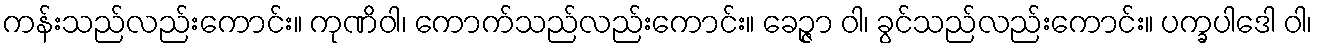
ကန်းသည်လည်းကောင်း။ ကုဏိဝါ၊ ကောက်သည်လည်းကောင်း။ ခေဉ္ဇာ ဝါ၊ ခွင်သည်လည်းကောင်း။ ပက္ခပါဒေါ ဝါ၊